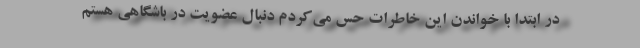
در ابتدا با خواندن این خاطرات حس می‌کردم دنبال عضویت در باشگاهی هستم